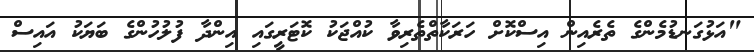
"އަޅުގަނޑުމެންގެ ތެރެއިން އިސްކޮށް ހަރަކާތްތެރިވާ ކުއްޖަކު ކޮޓަރީގައި އިންދާ ފުލުހުންގެ ބަޔަކު އައިސް